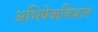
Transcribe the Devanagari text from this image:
अभिषेकविधान